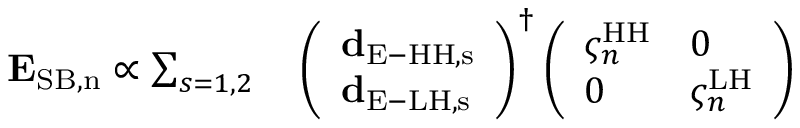
\begin{array} { r l } { { \bf E } _ { \mathrm { S B , n } } \propto \sum _ { s = 1 , 2 } } & { { } \left( \begin{array} { l } { { \bf d } _ { \mathrm { E - H H , s } } } \\ { { \bf d } _ { \mathrm { E - L H , s } } } \end{array} \right) ^ { \dag } \left( \begin{array} { l l } { \varsigma _ { n } ^ { \mathrm { { H H } } } } & { 0 } \\ { 0 } & { \varsigma _ { n } ^ { \mathrm { { L H } } } } \end{array} \right) } \end{array}